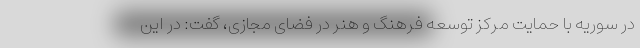
در سوریه با حمایت مرکز توسعه فرهنگ و هنر در فضای مجازی، گفت: در این